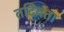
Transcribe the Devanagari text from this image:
तटियता